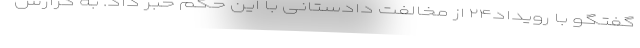
گفتگو با رویداد‌۲۴ از مخالفت دادستانی با این حکم خبر داد. به گزارش